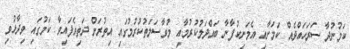
ކަމުނުދާ ސަރަހައްދެއް ކަމަށާއި އެމަނިކުފާނާ ބައްދަލުކުރުމާއި މުވާސަލަތުކުރުމުގައި އިތުރަށް ދަތިވެފައިވާ ކަމުގައި ވިދާޅުވި